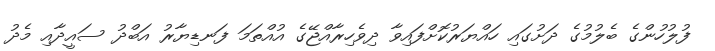
ފުލުހުންގެ ބެލުމުގެ ދަށުގައި ހައްޔަރުކޮށްފައިވާ ދިވެހިރާއްޖޭގެ އުއްތަަމަ ފަނޑިޔާރު އަބްދު ސައީދާއި މެދު